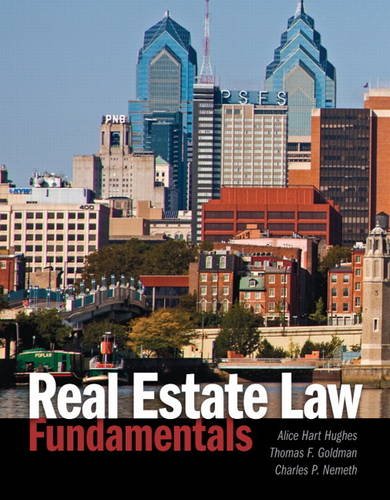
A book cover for Real Estate Law Fundamentals; Alice Hart Hughes; Law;